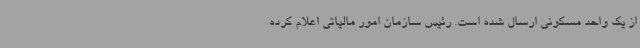
از یک واحد مسکونی ارسال شده است. رئیس سازمان امور مالیاتی اعلام کرده